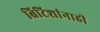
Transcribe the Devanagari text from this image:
ब्रिटिशांनाही